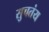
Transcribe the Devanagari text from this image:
सुचतंय